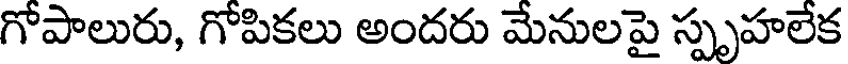
గోపాలురు, గోపికలు అందరు మేనులపై స్పృహలేక